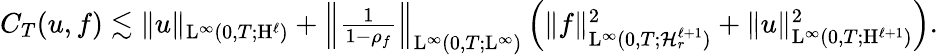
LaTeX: \begin{array}{r}{C_{T}(u,f)\lesssim\Vert u\Vert_{\mathrm{L}^{\infty}(0,T;\mathrm{H}^{\ell})}+\left\Vert\frac{1}{1-\rho_{f}}\right\Vert_{\mathrm{L}^{\infty}(0,T;\mathrm{L}^{\infty})}\left(\Vert f\Vert_{\mathrm{L}^{\infty}(0,T;\mathcal{H}_{r}^{\ell+1})}^{2}+\Vert u\Vert_{\mathrm{L}^{\infty}(0,T;\mathrm{H}^{\ell+1})}^{2}\right).}\end{array}